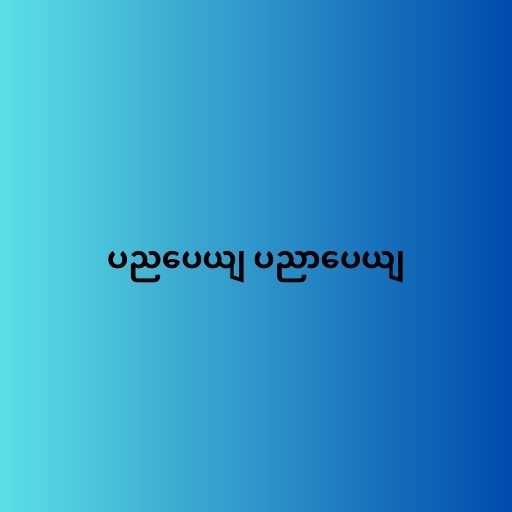
ပညပေယျ ပညာပေယျ